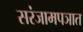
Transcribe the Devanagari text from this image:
सरंजामपञात